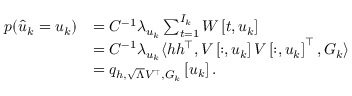
\begin{array} { r l } { p ( \hat { u } _ { k } = u _ { k } ) } & { = C ^ { - 1 } \lambda _ { u _ { k } } \sum _ { t = 1 } ^ { I _ { k } } W \left[ t , u _ { k } \right] } \\ & { = C ^ { - 1 } \lambda _ { u _ { k } } \langle h h ^ { \top } , V \left[ : , u _ { k } \right] V \left[ : , u _ { k } \right] ^ { \top } , G _ { k } \rangle } \\ & { = q _ { h , \sqrt { \Lambda } V ^ { \top } , G _ { k } } \left[ u _ { k } \right] . } \end{array}